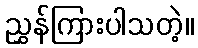
ညွှန်ကြားပါသတဲ့။